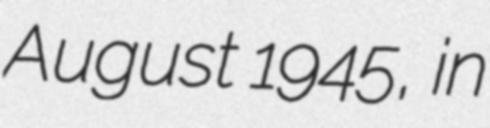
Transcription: August 1945, in